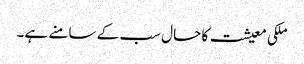
ملکی معیشت کا حال سب کے سامنے ہے۔